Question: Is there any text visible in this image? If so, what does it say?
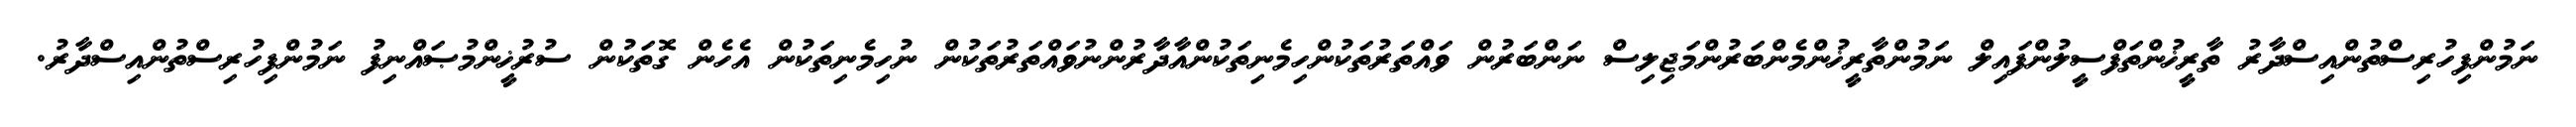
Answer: ނަމުންފިހުރިސްތުންއިސްދާރު ތާރީޚުންތަފްސީލުންފައިލް ނަމުންތާރީޚުންމެންބަރުންމަޖިލިސް ނަންބަރުން ވައްތަރުތަކުންހިމެނިތަކުންއާދާރުންނުވައްތަރުތަކުން ނުހިމެނިތަކުން އެހެން ގޮތަކުން ސުރުޚީންމުޞައްނިފު ނަމުންފިހުރިސްތުންއިސްދާރު.